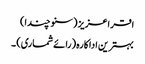
اقراعزیز (سنو چندا)
بہترین اداکارہ (رائے شماری) ۔